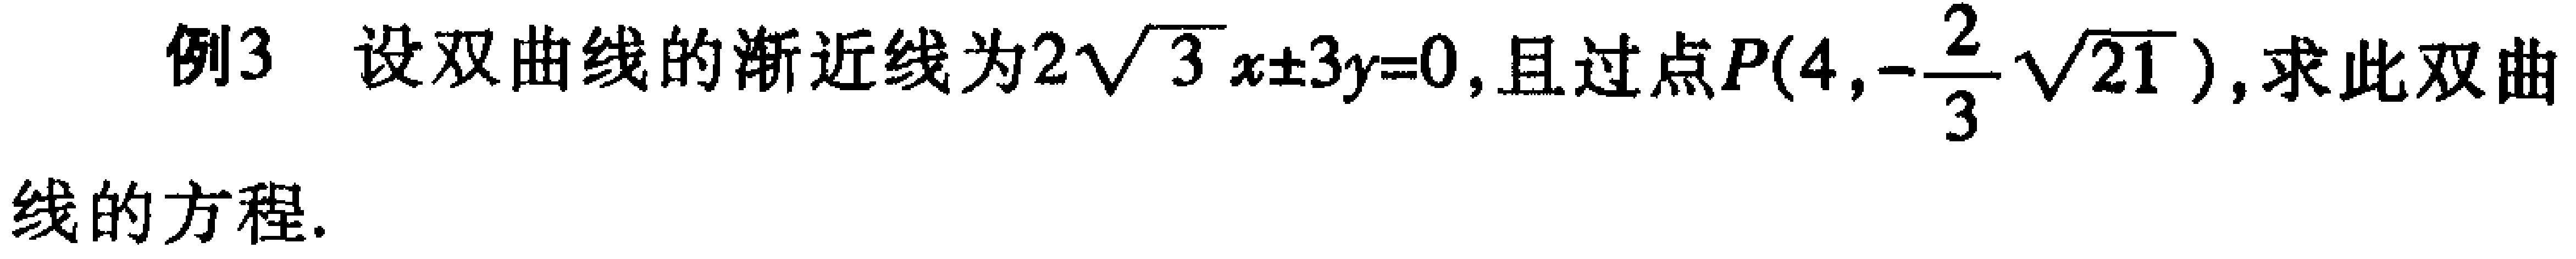
例3 设双曲线的渐近线为\(2\sqrt{3}x\pm3y = 0\)，且过点\(P(4,-\frac{2}{3}\sqrt{21})\)，求此双曲线的方程.